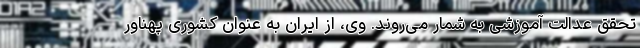
تحقق عدالت آموزشی به شمار می‌روند. وی، از ایران به عنوان کشوری پهناور